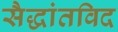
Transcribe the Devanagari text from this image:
सैद्धांतविद